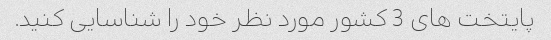
پایتخت های 3 کشور مورد نظر خود را شناسایی کنید.